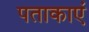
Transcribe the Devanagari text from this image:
पताकाएं